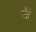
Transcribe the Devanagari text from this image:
जैं